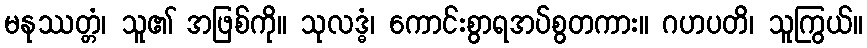
မနုဿတ္တံ၊ သူ၏ အဖြစ်ကို။ သုလဒ္ဓံ၊ ကောင်းစွာရအပ်စွတကား။ ဂဟပတိ၊ သူကြွယ်။